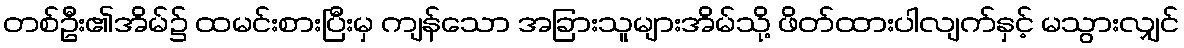
တစ်ဦး၏အိမ်၌ ထမင်းစားပြီးမှ ကျန်သော အခြားသူများအိမ်သို့ ဖိတ်ထားပါလျက်နှင့် မသွားလျှင်